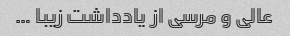
عالی و مرسی از یادداشت زیبا …